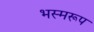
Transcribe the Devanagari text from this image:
भस्मरूप